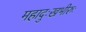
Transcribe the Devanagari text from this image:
महादुःखभीरुः